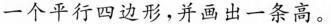
一个平行四边形，并画出一条高。